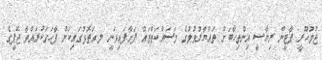
ޖުމުހޫރީ ޕާޓީން ރިޔާސީ އިންތިހާބަށް ތައްޔާރުވުމުގެ މަސައްކަތްތައް ފަށާފައިވަނީ ލ.އަތޮޅުގައިކަން ފާހަގަކުރައްވާ ޖޭޕީގެ